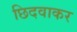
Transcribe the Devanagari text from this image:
छिदवाकर